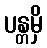
ပန္တမှိ